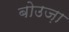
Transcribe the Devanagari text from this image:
बोउज़ा